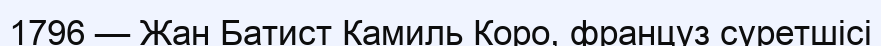
1796 — Жан Батист Камиль Коро, француз суретшісі